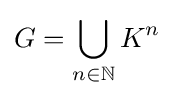
G=\bigcup _{n\in \mathbb {N} }K^{n}